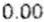
0.00